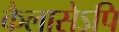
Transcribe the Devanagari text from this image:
कैलासेऽपि